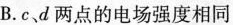
B.c、d两点的电场强度相同